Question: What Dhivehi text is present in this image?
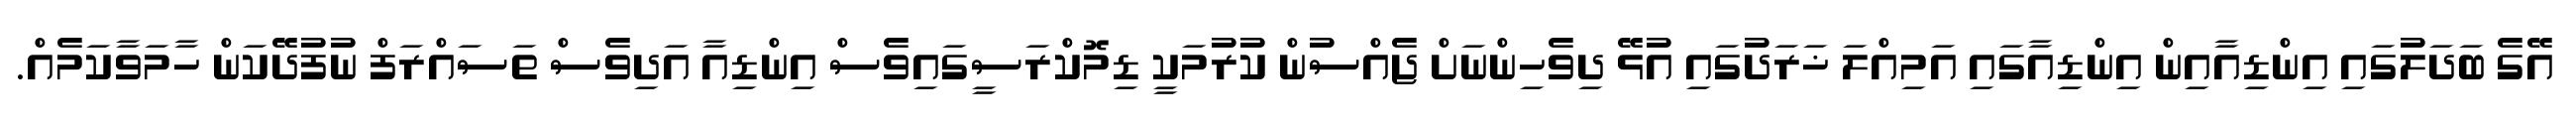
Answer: އޭގެ ބަދަލުގައި އިންޑިއާއިން އިންޑިއާގައި އަމިއްލަ ޚަރަދުގައި އުޅޭ ދިވެހިންނަށް ޖެއްސުން ކުރުމަކީ ޑިމޮކްރަސީގައިވެސް އިންޑިއާ އަދިވެސް ތަސައްރަފް ނުފުދޭކަން ހާމަވާކަމެއް.